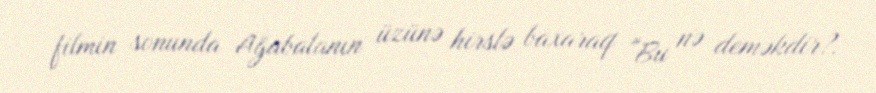
filmin sonunda Ağabalanın üzünə hirslə baxaraq "Bu nə deməkdir?.